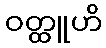
ဝတ္ထူဟိ